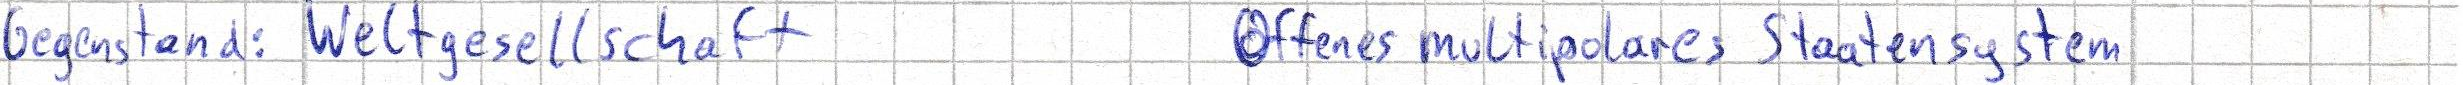
Gegenstand: Weltgesellschaft    Offenes multipolares Staatensystem